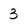
Character: 3